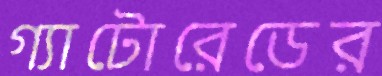
গ্যাটোরেডের